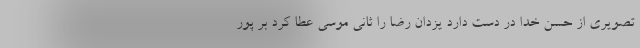
تصویرى از حسن خدا در دست دارد یزدان رضا را ثانى موسى عطا کرد بر پور